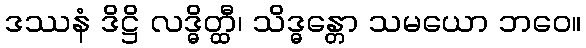
ဒဿနံ ဒိဋ္ဌိ လဒ္ဓိတ္ထီ၊ သိဒ္ဓန္တော သမယော ဘဝေ။